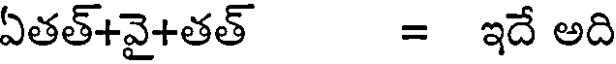
ఏతత్+వై+తత్ = ఇదే అది